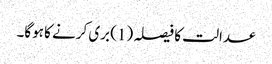
عدالت کا فیصلہ (1) بری کرنے کا ہوگا۔